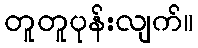
တူတူပုန်းလျက်။